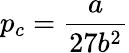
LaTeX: p_{c}=\frac{a}{27b^{2}}